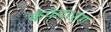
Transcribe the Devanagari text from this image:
कँफ़ेदरशण